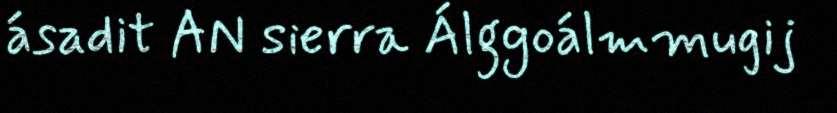
ásadit AN sierra Álggoálmmugij